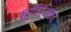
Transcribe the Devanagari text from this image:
मूर्तिपूजकच